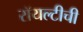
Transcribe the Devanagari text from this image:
रॉयल्टीची